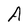
Character: A